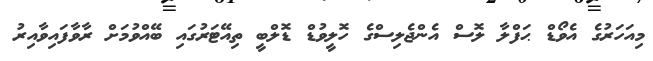
މިއަހަރުގެ އެވޯޑް ޙަފްލާ ލޮސް އެންޖެލިސްގެ ހޮލީވުޑް ޑޮލްބީ ތިއޭޓަރުގައި ބޭއްވުމަށް ރާވާފައިވާއިރު